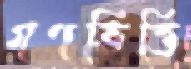
গণভিত্তি